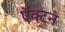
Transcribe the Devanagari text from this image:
ऍक्टन